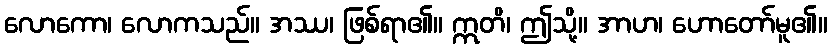
လောကော၊ လောကသည်။ အဿ၊ ဖြစ်ရာ၏။ ဣတိ၊ ဤသို့။ အာဟ၊ ဟောတော်မူ၏။